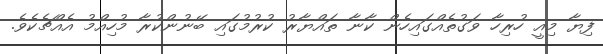
ފިޔާ މިއީ ހުރިހާ ވަގުތެއްގައިހެން ކާނާ ތައްޔާރު ކުރުމުގައި ބޭނުންކުރާ މުހިއްމު އެއްޗެކެވެ.